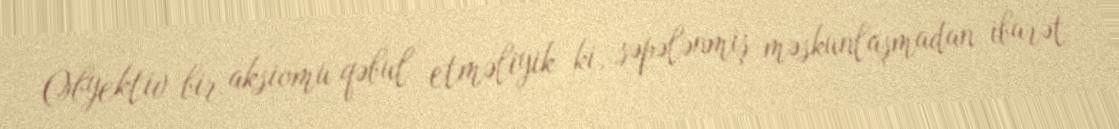
Obyektiv bir aksiomu qəbul etməliyik ki, səpələnmiş məskunlaşmadan ibarət